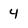
Character: 4